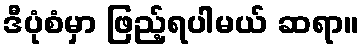
ဒီပုံစံမှာ ဖြည့်ရပါမယ် ဆရာ။